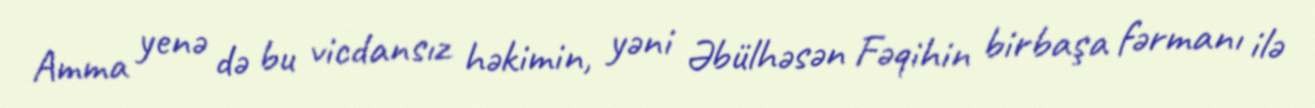
Amma yenə də bu vicdansız həkimin, yəni Əbülhəsən Fəqihin birbaşa fərmanı ilə